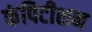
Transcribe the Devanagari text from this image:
कंपिटीशन